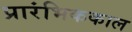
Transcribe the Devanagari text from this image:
प्रारंभिककाल